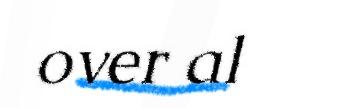
over al